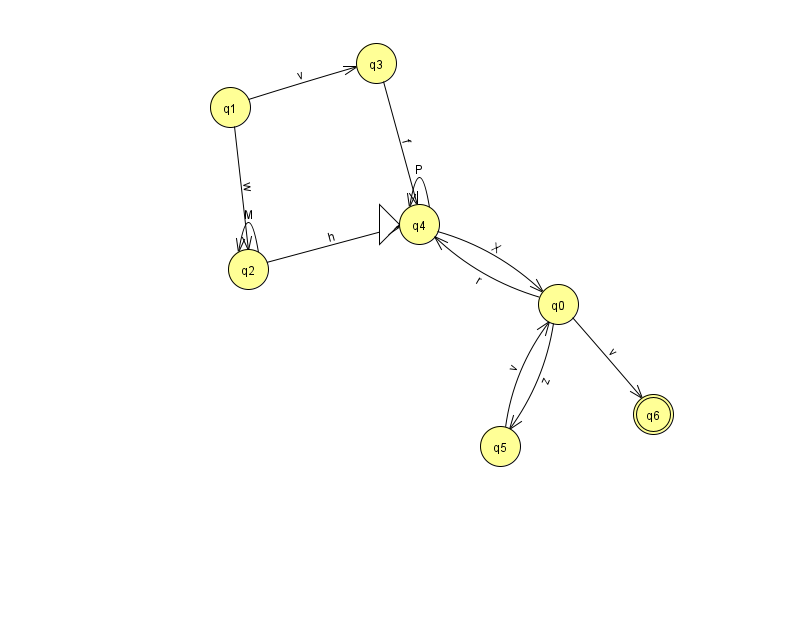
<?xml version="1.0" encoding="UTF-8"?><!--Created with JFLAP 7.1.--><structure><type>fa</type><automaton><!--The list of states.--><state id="0" name="q0"><x>558.0</x><y>291.0</y></state><state id="1" name="q1"><x>230.0</x><y>94.0</y></state><state id="2" name="q2"><x>248.0</x><y>256.0</y></state><state id="3" name="q3"><x>376.0</x><y>50.0</y></state><state id="4" name="q4"><x>419.0</x><y>211.0</y><initial/></state><state id="5" name="q5"><x>500.0</x><y>433.0</y></state><state id="6" name="q6"><x>653.0</x><y>401.0</y><final/></state><!--The list of transitions.--><transition><from>4</from><to>4</to><read>P</read></transition><transition><from>2</from><to>4</to><read>h</read></transition><transition><from>4</from><to>0</to><read>X</read></transition><transition><from>0</from><to>6</to><read>v</read></transition><transition><from>5</from><to>0</to><read>v</read></transition><transition><from>1</from><to>3</to><read>v</read></transition><transition><from>0</from><to>4</to><read>r</read></transition><transition><from>0</from><to>5</to><read>z</read></transition><transition><from>3</from><to>4</to><read>f</read></transition><transition><from>2</from><to>2</to><read>M</read></transition><transition><from>1</from><to>2</to><read>w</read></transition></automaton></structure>